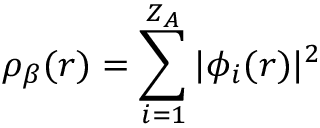
{ \rho _ { \beta } ( \boldsymbol { r } ) = \sum _ { i = 1 } ^ { Z _ { A } } | \phi _ { i } ( \boldsymbol { r } ) | ^ { 2 } }